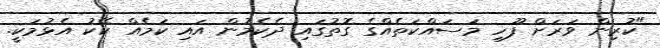
"ކުރިން ވަރަށް ފޫހި މަސައްކަތެއްގެ ގޮތުގައި ދެކެމުން އައި ކަމެއް ކޭކު އެޅުމަކީ.